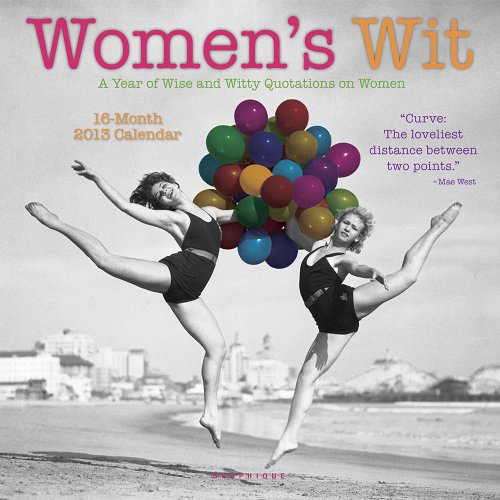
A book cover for Women's Wit 2013 Calendar: A Year of Wise and Witty Quotations on Women; Calendars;